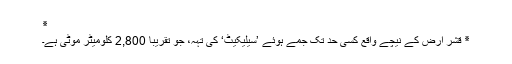
٭
٭ قشرِ اَرض کے نیچے واقع کسی حد تک جمے ہوئے ’سیلیکیٹ‘ کی تہہ، جو تقریباً 2,800 کلومیٹر موٹی ہے۔